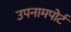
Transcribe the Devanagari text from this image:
उपनामपोर्ट